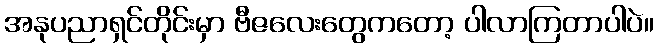
အနုပညာရှင်တိုင်းမှာ ဗီဇလေးတွေကတော့ ပါလာကြတာပါပဲ။